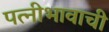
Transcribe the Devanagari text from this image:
पत्नीभावाची